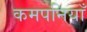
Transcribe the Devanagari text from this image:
कमपनियाँ